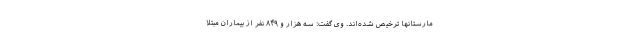
مارستانها ترخیص شده‌اند. وی گفت: سه هزار و ۸۴۹ نفر از بیماران مبتلا